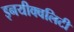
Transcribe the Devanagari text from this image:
इनयीक्वलिटी